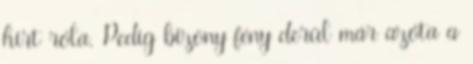
hírt róla. Pedig bizony fény derül már azóta a